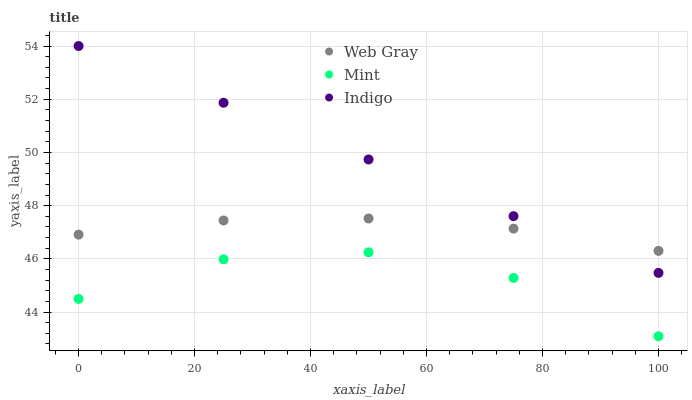
| xaxis_label | Web Gray | Mint | Indigo |
 | --- | --- | --- | --- |
 | 0 | 46.9 | 44.5 | 54 |
 | 25 | 47.4 | 46 | 51.9 |
 | 50 | 47.5 | 46.2 | 49.7 |
 | 75 | 47.1 | 45.3 | 47.6 |
 | 100 | 46.3 | 43.1 | 45.5 |